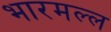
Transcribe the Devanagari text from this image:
भारमल्ल